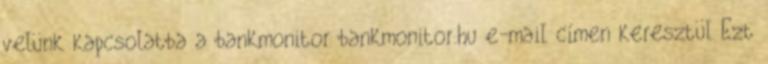
velünk kapcsolatba a bankmonitor bankmonitor.hu e-mail címen keresztül Ezt